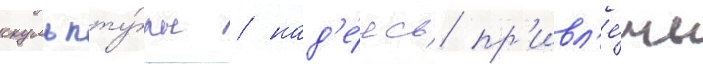
скульпту́ры / над'е́ясь пр'ивл'е́чь